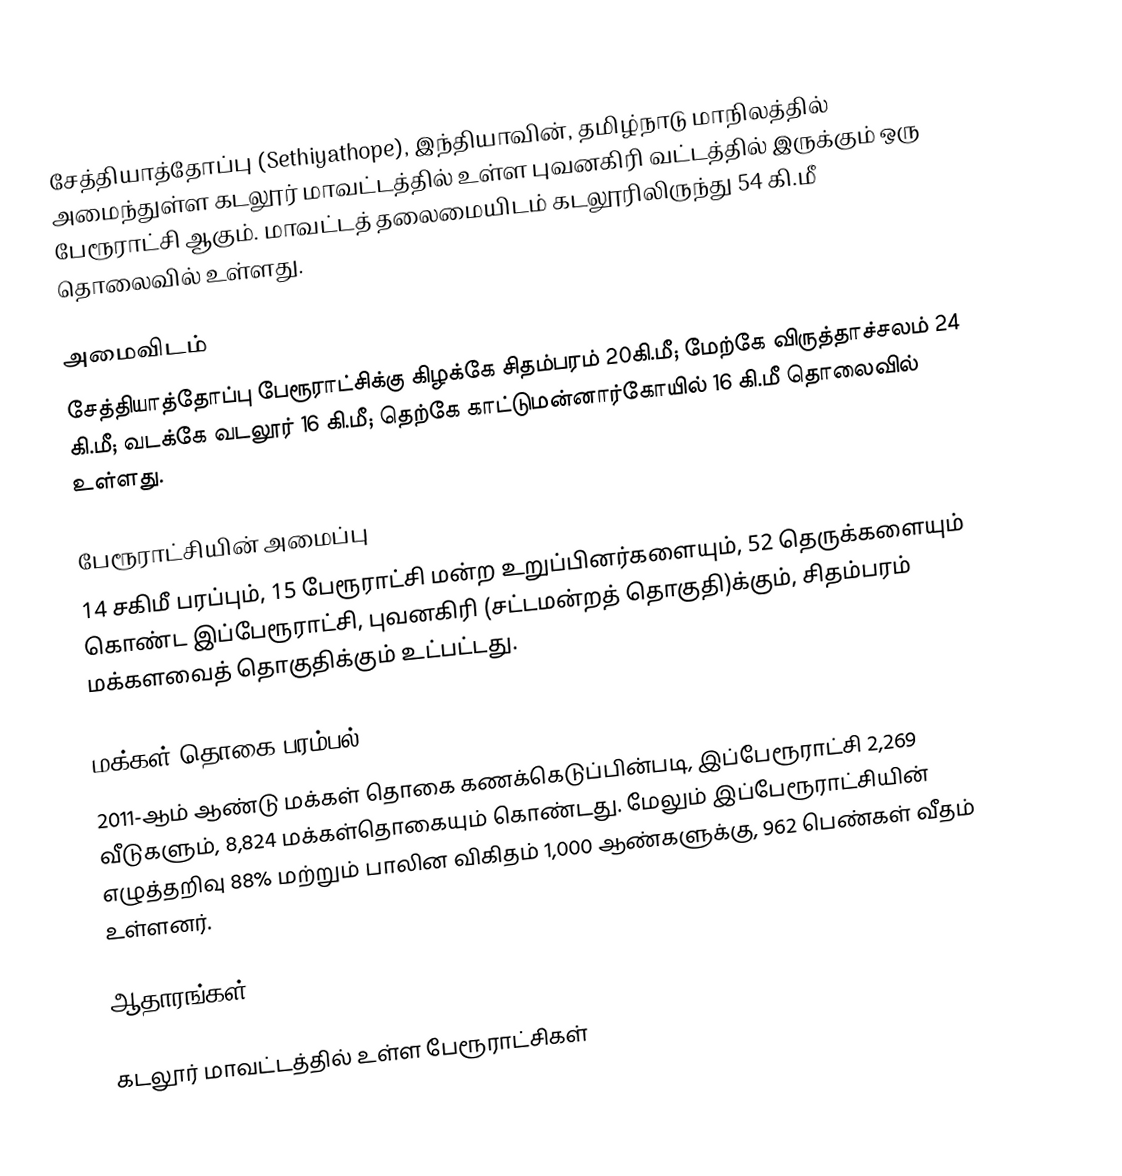
சேத்தியாத்தோப்பு (Sethiyathope), இந்தியாவின், தமிழ்நாடு மாநிலத்தில் அமைந்துள்ள கடலூர் மாவட்டத்தில் உள்ள புவனகிரி வட்டத்தில் இருக்கும் ஒரு பேரூராட்சி ஆகும். மாவட்டத் தலைமையிடம் கடலூரிலிருந்து 54 கி.மீ தொலைவில் உள்ளது.

அமைவிடம்
சேத்தியாத்தோப்பு பேரூராட்சிக்கு கிழக்கே சிதம்பரம் 20கி.மீ; மேற்கே விருத்தாச்சலம் 24 கி.மீ; வடக்கே வடலூர் 16 கி.மீ; தெற்கே  காட்டுமன்னார்கோயில் 16 கி.மீ தொலைவில் உள்ளது.

பேரூராட்சியின் அமைப்பு
14 சகிமீ பரப்பும், 15 பேரூராட்சி மன்ற உறுப்பினர்களையும், 52 தெருக்களையும் கொண்ட இப்பேரூராட்சி, புவனகிரி (சட்டமன்றத் தொகுதி)க்கும், சிதம்பரம் மக்களவைத் தொகுதிக்கும் உட்பட்டது.

மக்கள் தொகை பரம்பல்
2011-ஆம் ஆண்டு மக்கள் தொகை கணக்கெடுப்பின்படி, இப்பேரூராட்சி 2,269   வீடுகளும், 8,824 மக்கள்தொகையும் கொண்டது. மேலும் இப்பேரூராட்சியின் எழுத்தறிவு 88% மற்றும் பாலின விகிதம் 1,000 ஆண்களுக்கு, 962  பெண்கள் வீதம் உள்ளனர்.

ஆதாரங்கள்

கடலூர் மாவட்டத்தில் உள்ள பேரூராட்சிகள்